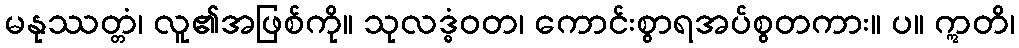
မနုဿတ္တံ၊ လူ၏အဖြစ်ကို။ သုလဒ္ဓံဝတ၊ ကောင်းစွာရအပ်စွတကား။ ပ။ ဣတိ၊